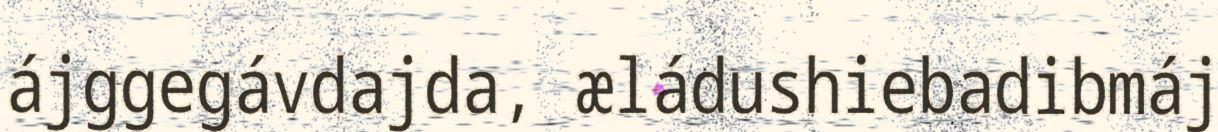
ájggegávdajda, æládushiebadibmáj